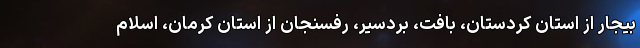
بیجار از استان کردستان، بافت، بردسیر، رفسنجان از استان کرمان، اسلام